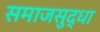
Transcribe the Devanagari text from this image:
समाजसुद्धा